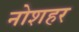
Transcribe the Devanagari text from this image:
नोशहर